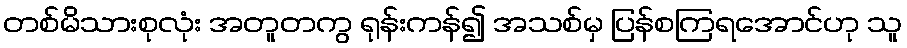
တစ်မိသားစုလုံး အတူတကွ ရုန်းကန်၍ အသစ်မှ ပြန်စကြရအောင်ဟု သူ